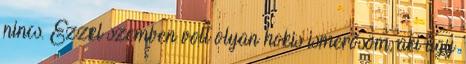
nincs. Ezzel szemben volt olyan hokis ismerősöm, aki úgy